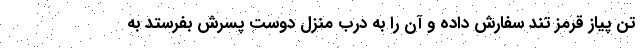
تن پیاز قرمز تند سفارش داده و آن را به درب منزل دوست پسرش بفرستد به